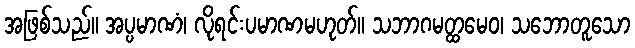
အဖြစ်သည်။ အပ္ပမာဏံ၊ လိုရင်းပမာဏမဟုတ်။ သဘာဂမတ္ထမေဝ၊ သဘောတူသော